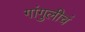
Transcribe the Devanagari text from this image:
गांगुलीचं